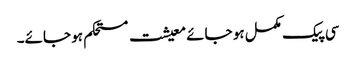
سی پیک مکمل ہو جائے معیشت مستحکم ہو جائے۔